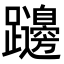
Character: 𨇱